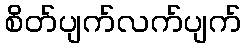
စိတ်ပျက်လက်ပျက်